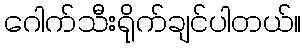
ဂေါက်သီးရိုက်ချင်ပါတယ်။